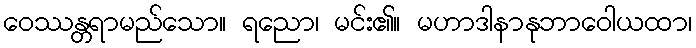
ဝေဿန္တရာမည်သော။ ရညော၊ မင်း၏။ မဟာဒါနာနုဘာဝေါယထာ၊